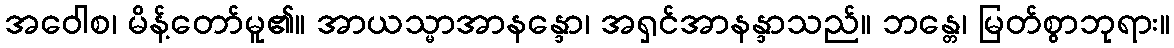
အဝေါစ၊ မိန့်တော်မူ၏။ အာယသ္မာအာနန္ဒော၊ အရှင်အာနန္ဒာသည်။ ဘန္တေ၊ မြတ်စွာဘုရား။